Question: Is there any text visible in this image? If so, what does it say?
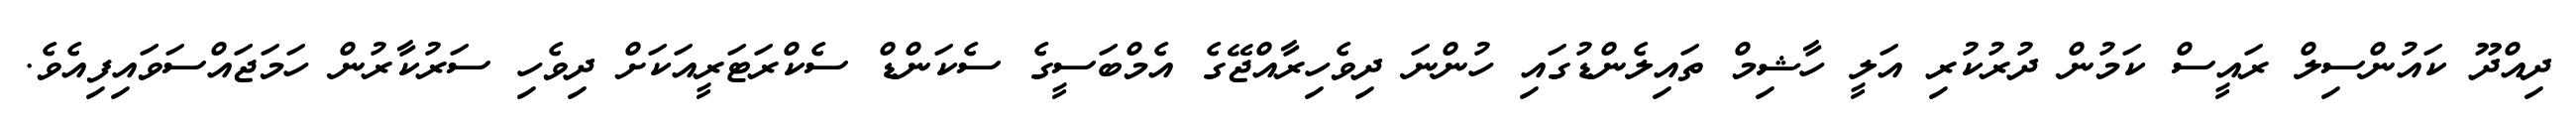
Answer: ދިއްދޫ ކައުންސިލް ރައީސް ކަމުން ދުރުކުރި އަލީ ހާޝިމް ތައިލެންޑުގައި ހުންނަ ދިވެހިރާއްޖޭގެ އެމްބަސީގެ ސެކަންޑް ސެކްރަޓަރީއަކަށް ދިވެހި ސަރުކާރުން ހަމަޖައްސަވައިފިއެވެ.